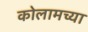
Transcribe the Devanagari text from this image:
कोलामच्या